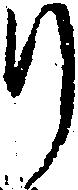
り